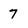
Character: 7